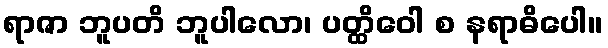
ရာဇာ ဘူပတိ ဘူပါလော၊ ပတ္ထိဝေါ စ နရာဓိပေါ။